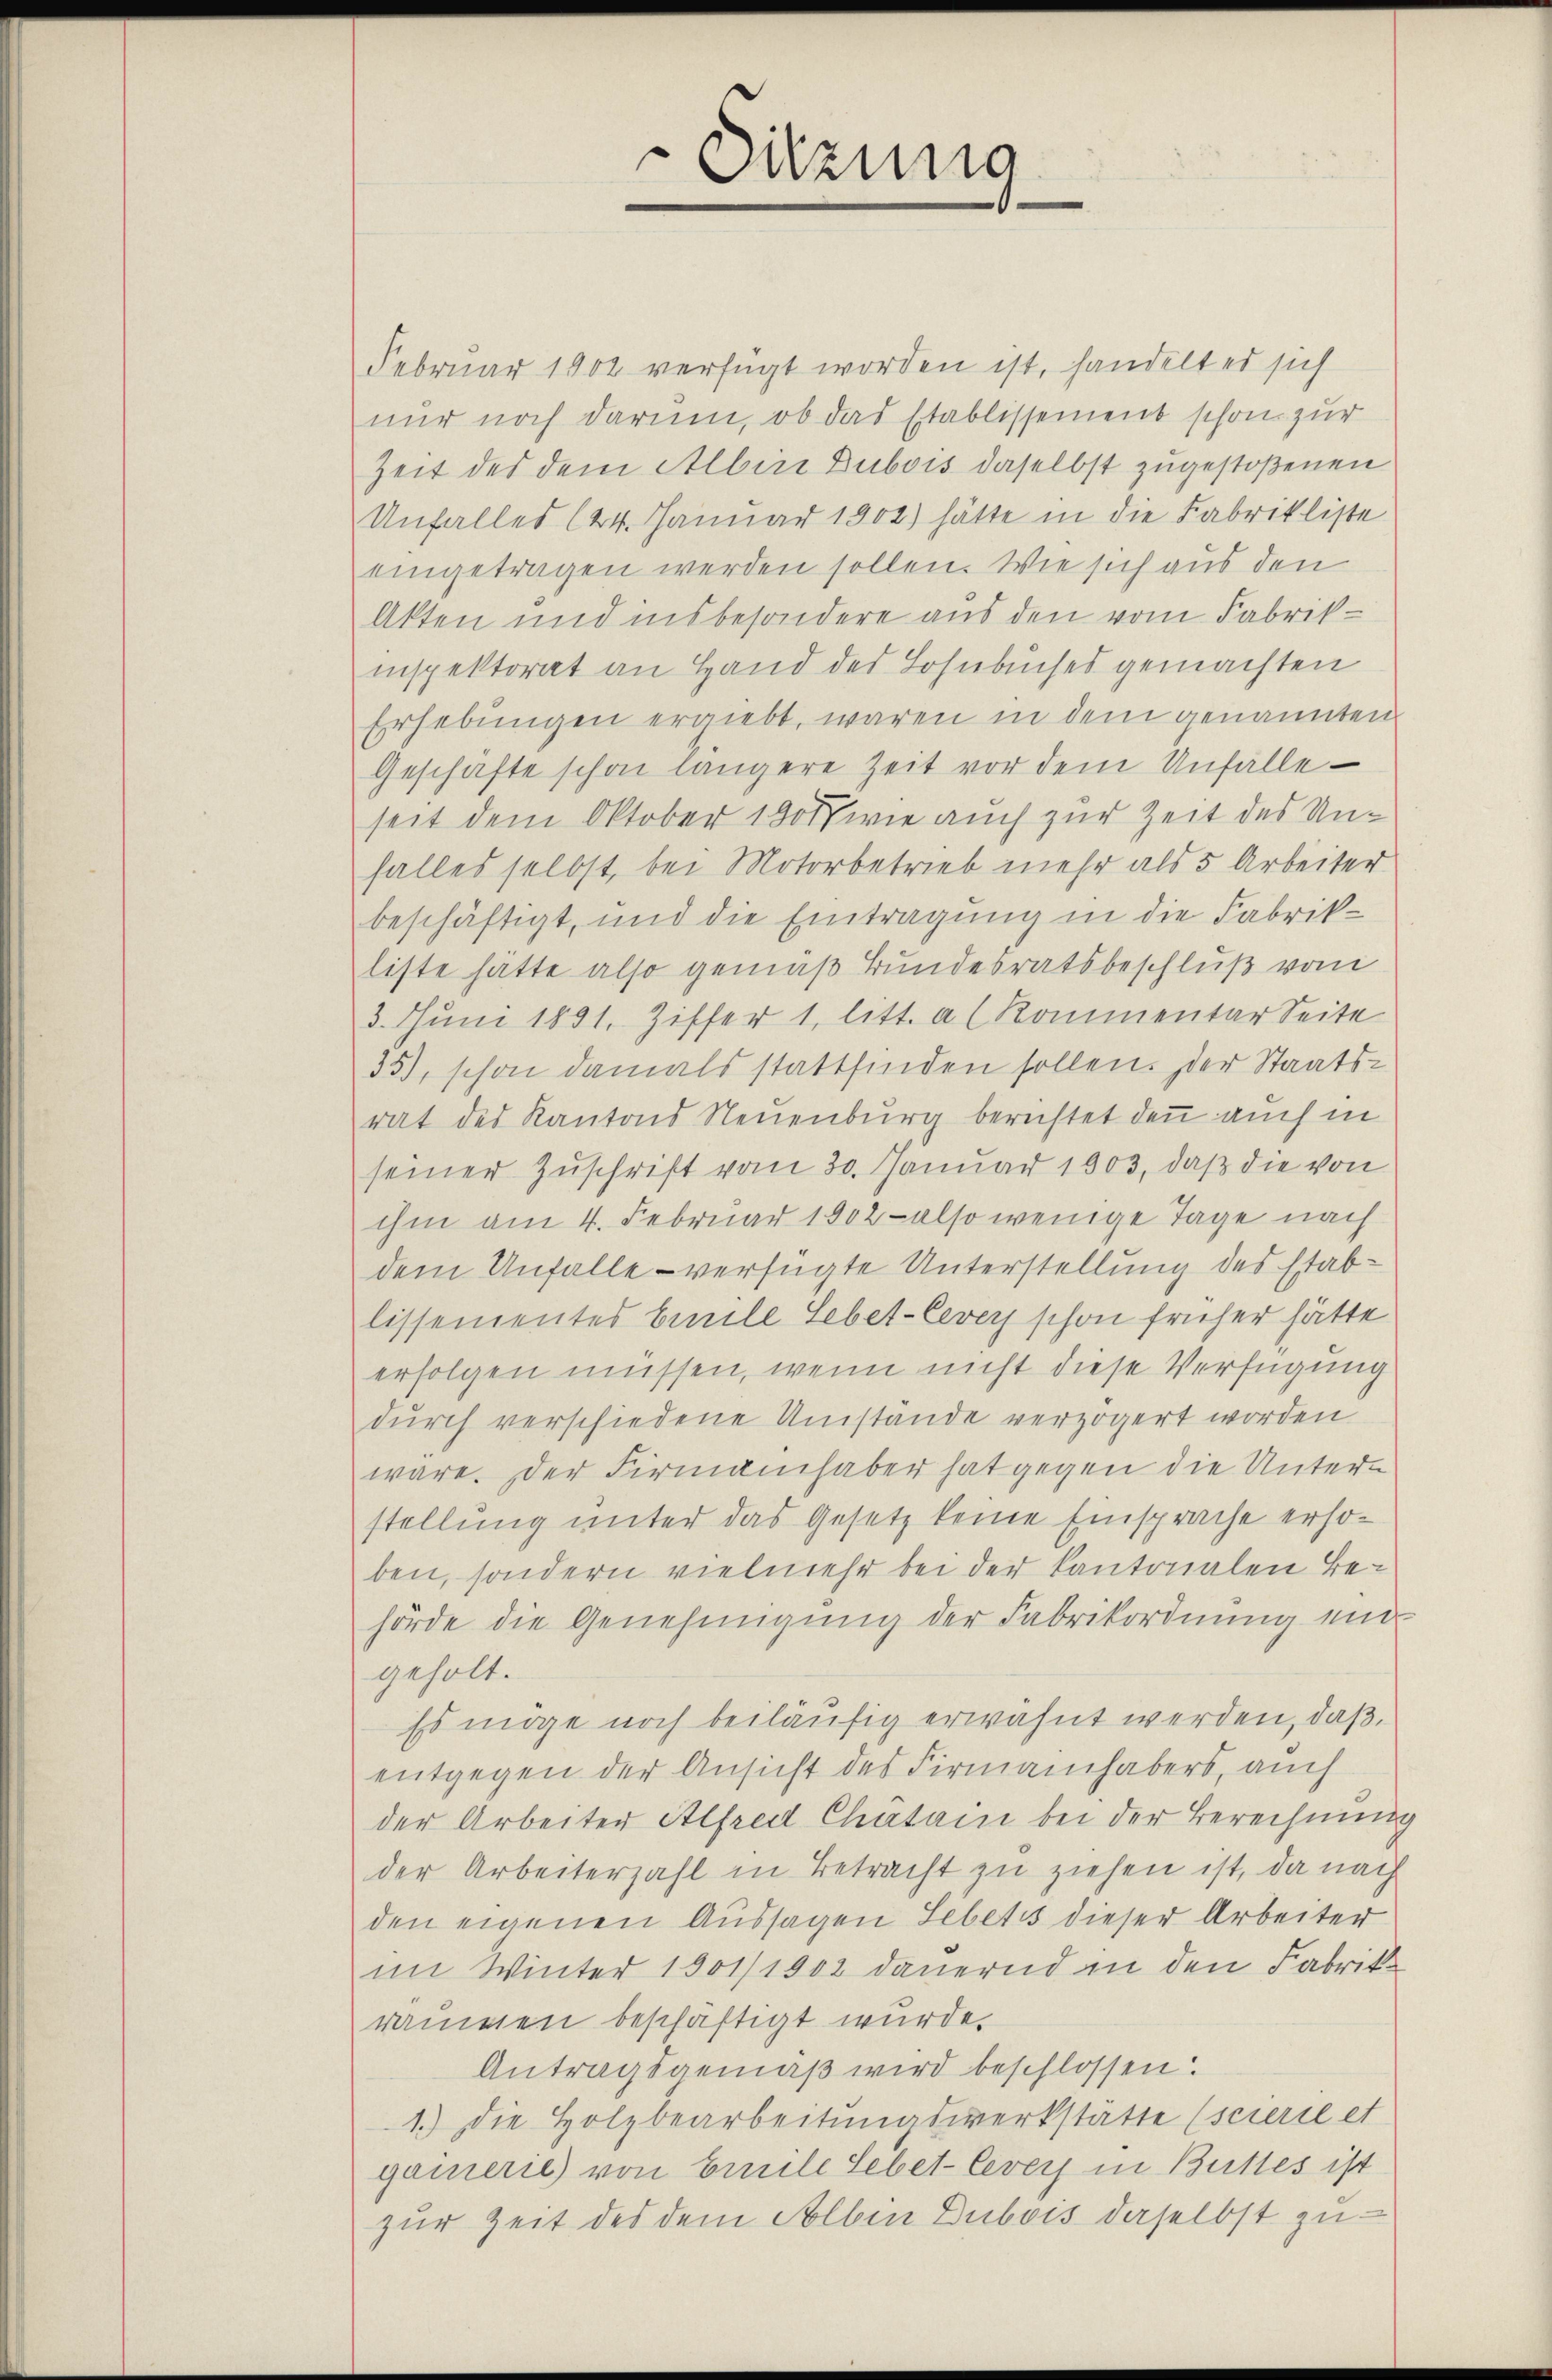
Sitzung

Februar 1902 verfügt worden ist, handelt es sich
nur noch darum, ob das Etablissement schon zur
Zeit des dem Albin Dubois daselbst zugestoßenen
Unfalles 124. Januar 1902) hätte in die Fabrikliste
eingetragen werden sollen. Wie sich aus den
Akten und insbesondere aus den vom Fabrikinspektorat an Hand des Lohnbuches gemachten
Erhebungen ergiebt, waren in dem genannten
Geschäfte schon längere Zeit vor dem Unfalle
seit dem Oktober 1901 wie auch zur Zeit des Unfalles selbst, bei Motorbetrieb mehr als 5 Arbeiter
beschäftigt, und die Eintragung in die Fabrikliste hätte also gemäß Bundesratsbeschluß vom
3. Jŭni 1891. Ziffer 1, litt. a (Kommentar Seite
35), schon damals stattfinden sollen. Der Staatsrat des Kantons Neuenburg berichtet den auch in
seiner Zuschrift vom 30. Januar 1903, daß die von
ihm am 4. Februar 1902 - also wenige Tage nach
dem Unfalle - verfügte Unterstellung des Etablissementes beeile Lebet-Cever schon früher hätte
erfolgen müssen, wenn nicht diese Verfügung
dŭrch verschiedene Umstände verzögert worden
wäre. Der Firmainhaber hat gegen die Unterstellung unter das Gesetz keine Einsprache ersoben, sondern vielmehr bei der Kantonalen Behörde die Genehmigung der Fabrikordnung und
geholt.
Es möge noch beiläufig erwähnt werden, daß
entgegen der Ansicht des Firmainhabers, auch
der Arbeiter Alfred Chatain bei der Berechnung
der Arbeiterzahl in Betracht zu ziehen ist, da nach
den eigenen Aussagen Lebetes dieser Arbeiter
im Winter 1901/1902 dauernd in den Fabrik
raumen beschäftigt wurde.
Antragsgemäß wird beschlossen:
1.) Die Holzbearbeitŭngswerkstatte (scierte et
gamerie) von Emile Lebet-Cevers in Bettes ist
zur Zeit des dem Albin Dubois daselbst zu¬